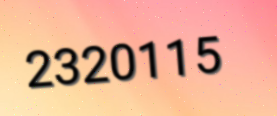
2320115